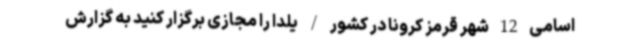
اسامی 12 شهر قرمز کرونا در کشور / یلدا را مجازی برگزار کنید به گزارش